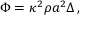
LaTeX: \Phi = \kappa ^ { 2 } \rho a ^ { 2 } \Delta \, ,